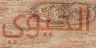
الحيوي